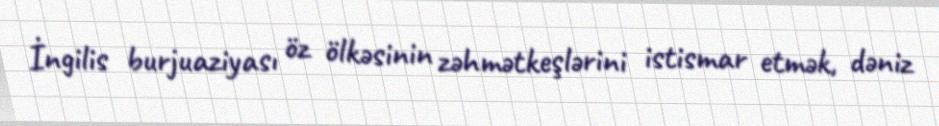
İngilis burjuaziyası öz ölkəsinin zəhmətkeşlərini istismar etmək, dəniz